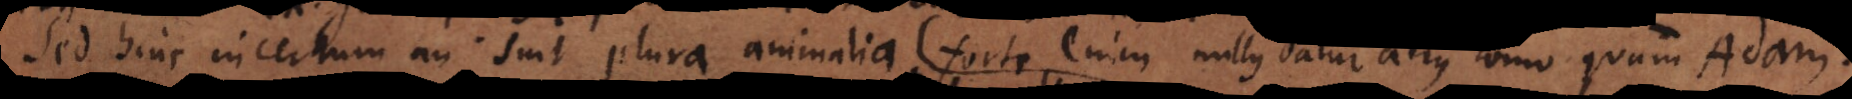
Sed hinc incertum an sint plura animalia, forte enim nullus datur alius homo quam Adam